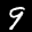
Label: 9